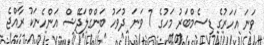
ވަނަ އަހަރުގެ ޑިސެމްބަރު މަހުގެ 7 ވަނަ ދުވަހު ބަންގްލަދޭޝް އަންހެނަކު ރާއްޖެ